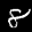
Label: 8